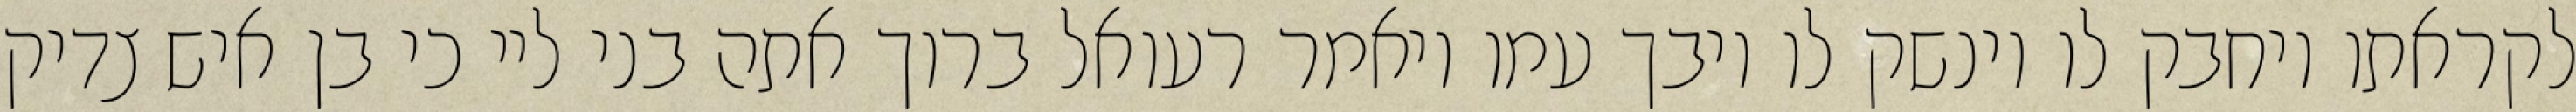
לקראתו ויחבק לו וינשק לו ויבך עמו ויאמר רעואל ברוך אתה בני ליי כי בן איש צדיק